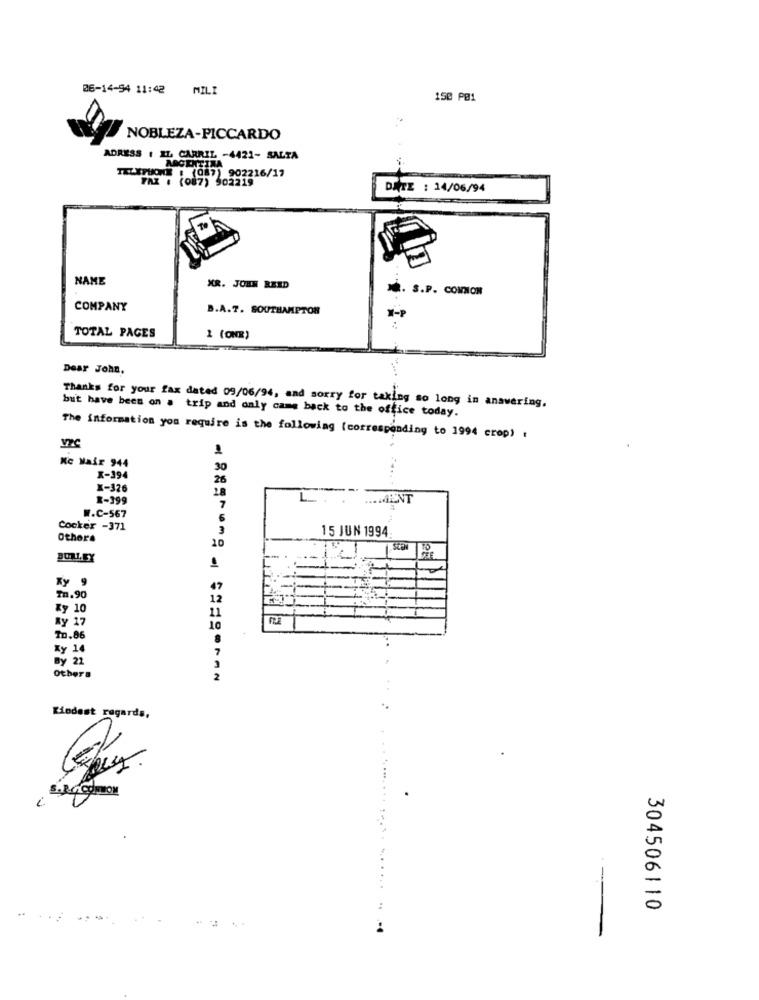
06-14-54 11:42
MILI
150 PB1
NOBLEZA-PICCARDO
ADRESS ( IL CARRIL -4421- SALTA
ARGENTINA
TELEPHONE : (087) 902216/17
FAX : (087) 902219
DATE : 14/06/94
NAME
XR. JOHN REID
Q. S.P. COMNON
COMPANY
B.A.7. SOUTHAMPTON
X-P
TOTAL PAGES
1 (ONR)
Dear John,
Thanks for your fax dated 09/06/94, and sorry for taking so long in answering.
but have been on a trip and only came back to the office today.
The information you require is the following (corresponding to 1994 crop) .
1
Kc Hair 944
30
X-394
26
X-326
28
1-199
L ..
--
.. MENT
W.C-567
7
6
Cocker -371
15 JUN 1994:
Others
10
Ky 9
47
Tn.90
12
xy 10
11
By 17
10
TD.86
8
Ky 14
7
By 22
Others
Kindest regards,
-
...
304506110